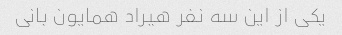
یکی از این سه نفر هیراد همایون بانی